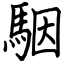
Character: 駰